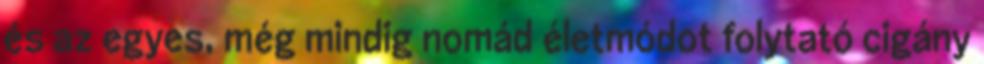
és az egyes, még mindig nomád életmódot folytató cigány